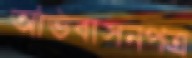
অভিবাসনপত্র